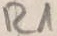
Text: R1